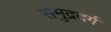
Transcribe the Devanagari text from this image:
समुद्रदर्ग